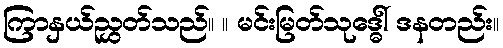
ကြာနှယ်ညွှတ်သည်။ ။ မင်းမြတ်သုဒ္ဓေါ် ဒနတည်း။